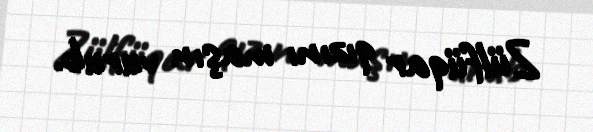
Zülfüqar qızını maşın vurub.